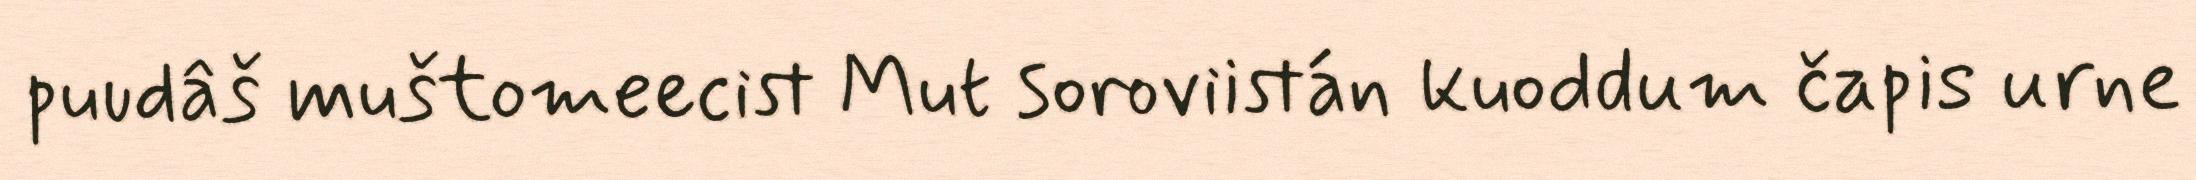
puudâš muštomeecist Mut soroviistán kuoddum čapis urne